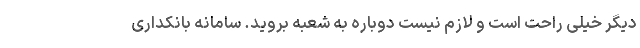
دیگر خیلی راحت است و لازم نیست دوباره به شعبه بروید. سامانه بانکداری